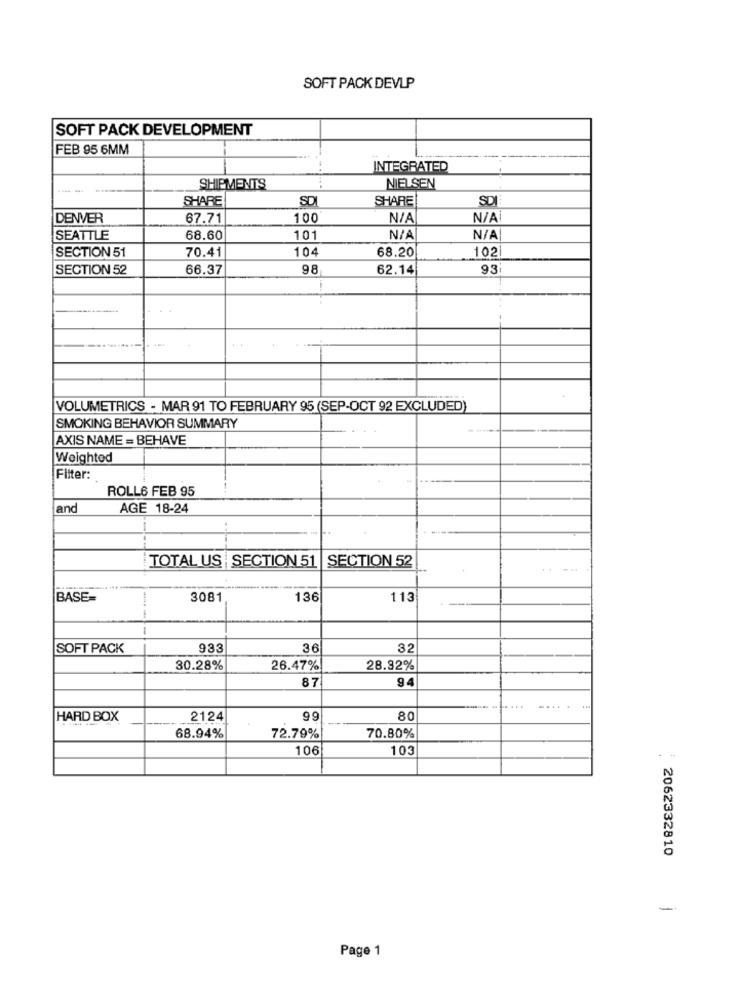
SOFT PACK DEVLP
SOFT PACK DEVELOPMENT
FEB 95 6MM
INTEGRATED
---
SHIPMENTS
NIELSEN
SHARE
SD
SHARE
SDI
DENVER
67.71
100
SEATTLE
68.60
101
SECTION 51
70.41
104
68.20
102
SECTION 52
66.37
98
62.14
93
VOLUMETRICS - MAR 91 TO FEBRUARY 95 (SEP-OCT 92 EXCLUDED)
SMOKING BEHAVIOR SUMMARY
AXIS NAME = BEHAVE
Weighted
Filter:
ROLL6 FEB 95
and
AGE 18-24
TOTAL US | SECTION 51 |SECTION 52
..
BASE=
3081
136
113
-.-
SOFT PACK
933
36
32
30.28%
26.47%
28.32%
87
94
HARD BOX
2124
80
70.80%
68.94%
72.79%
106
10
2062332810
-
Page 1